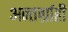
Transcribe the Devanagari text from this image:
अन्तर्ग्राही